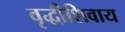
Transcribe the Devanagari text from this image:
वृद्धीशिवाय